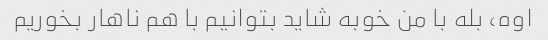
اوه، بله با من خوبه شاید بتوانیم با هم ناهار بخوریم